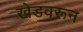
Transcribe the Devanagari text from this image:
खेडवरून